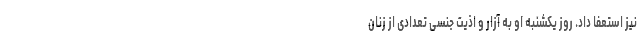
نیز استعفا داد. روز یکشنبه او به آزار و اذیت جنسی تعدادی از زنان